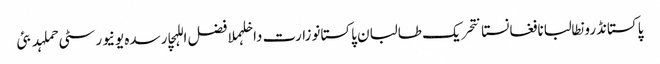
پاکستانڈرونطالبانافغانستانتحریک طالبان پاکستانوزارت داخلہملا فضل اللہچارسدہ یونیورسٹی حملہدبئی